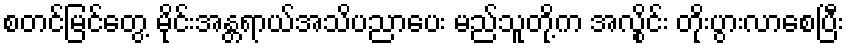
စတင်မြင်တွေ့ မိုင်းအန္တရာယ်အသိပညာပေး မည်သူတို့က အလွိုင်း တိုးပွားလာစေပြီး